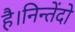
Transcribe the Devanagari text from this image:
है।निन्तेंदो